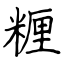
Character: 糎